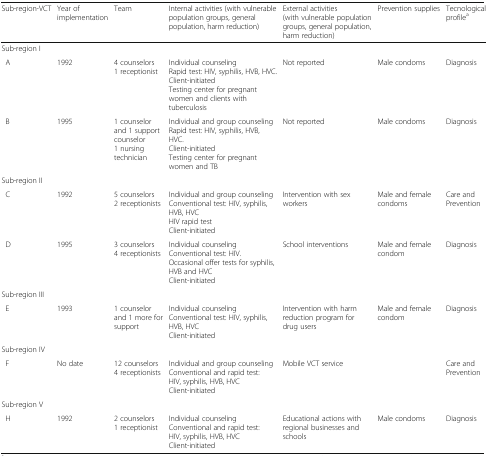
<table><thead><tr><td><b>Sub-region-VCT</b></td><td><b>Year of implementation</b></td><td><b>Team</b></td><td><b>Internal activities (with vulnerable population groups, general population, harm reduction)</b></td><td><b>External activities (with vulnerable population groups, general population, harm reduction)</b></td><td><b>Prevention supplies</b></td><td><b>Tecnological profile<sup>a</sup></b></td></tr></thead><tbody><tr><td colspan="7">Sub-region I</td></tr><tr><td> A</td><td>1992</td><td>4 counselors1 receptionist</td><td>Individual counselingRapid test: HIV, syphilis, HVB, HVC.Client-initiatedTesting center for pregnant women and clients with tuberculosis</td><td>Not reported</td><td>Male condoms</td><td>Diagnosis</td></tr><tr><td> B</td><td>1995</td><td>1 counselor and 1 support counselor1 nursing technician</td><td>Individual and group counselingRapid test: HIV, syphilis, HVB, HVC.Client-initiatedTesting center for pregnant women and TB</td><td>Not reported</td><td>Male condoms</td><td>Diagnosis</td></tr><tr><td colspan="7">Sub-region II</td></tr><tr><td> C</td><td>1992</td><td>5 counselors2 receptionists</td><td>Individual and group counselingConventional test: HIV, syphilis, HVB, HVCHIV rapid testClient-initiated</td><td>Intervention with sex workers</td><td>Male and female condoms</td><td>Care and Prevention</td></tr><tr><td> D</td><td>1995</td><td>3 counselors4 receptionists</td><td>Individual counselingConventional test: HIV.Occasional offer tests for syphilis, HVB and HVCClient-initiated</td><td>School interventions</td><td>Male and female condom</td><td>Diagnosis</td></tr><tr><td colspan="7">Sub-region III</td></tr><tr><td> E</td><td>1993</td><td>1 counselor and 1 more for support</td><td>Individual counselingConventional test: HIV, syphilis, HVB, HVCClient-initiated</td><td>Intervention with harm reduction program for drug users</td><td>Male and female condom</td><td>Diagnosis</td></tr><tr><td colspan="7">Sub-region IV</td></tr><tr><td> F</td><td>No date</td><td>12 counselors4 receptionists</td><td>Individual and group counselingConventional and rapid test: HIV, syphilis, HVB, HVCClient-initiated</td><td>Mobile VCT service</td><td></td><td>Care and Prevention</td></tr><tr><td colspan="7">Sub-region V</td></tr><tr><td> H</td><td>1992</td><td>2 counselors1 receptionist</td><td>Individual counselingConventional and rapid test: HIV, syphilis, HVB, HVCClient-initiated</td><td>Educational actions with regional businesses and schools</td><td>Male condoms</td><td>Diagnosis</td></tr></tbody></table>